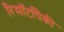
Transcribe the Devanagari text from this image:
रिसॉर्टांपैकी